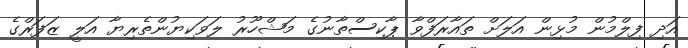
އަދި ފިލްމުން މުޅިން އަލަށް ތައާރަފްވާ ޕާކިސްތާނުގެ މަޝްހޫރު ލަވަކިޔުންތެރިޔާ އަލީ ޒަފަރްގެ